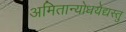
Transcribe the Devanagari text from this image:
अमितान्योधयेद्यस्तु